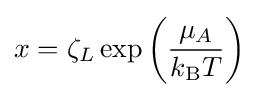
x=\zeta _{L}\exp \left({\frac {\mu _{A}}{k_{\rm {B}}T}}\right)